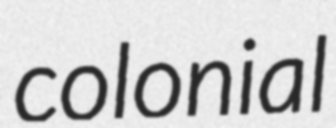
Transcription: colonial